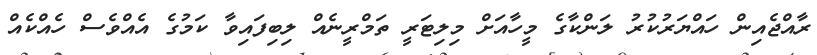
ރާއްޖެއިން ހައްޔަރުކުރު ލަންކާގެ މީހާއަށް މިލިޓަރީ ތަމްރީނެއް ލިބިފައިވާ ކަމުގެ އެއްވެސް ހެއްކެއް